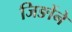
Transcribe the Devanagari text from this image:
जिङोंने